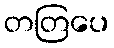
တတြပေ